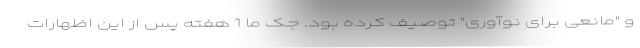
و "مانعی برای نوآوری" توصیف کرده بود. جک ما 1 هفته پس از این اظهارات